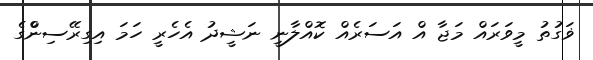
ޥަގުތު މީވަރައް މަޖާ އް އަސަރެއް ކޮއްލާނީ ނަޝީދު އެހެރީ ހަމަ އިގިރޭސިންްގެ